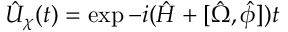
\hat { U } _ { \chi } ( t ) = \exp - i ( \hat { H } + [ \hat { \Omega } , \hat { \phi } ] ) t